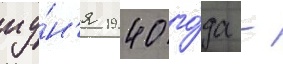
иу́н'я 1940 го́да -